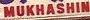
mukhashin